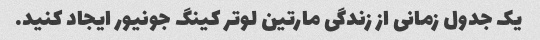
یک جدول زمانی از زندگی مارتین لوتر کینگ جونیور ایجاد کنید.